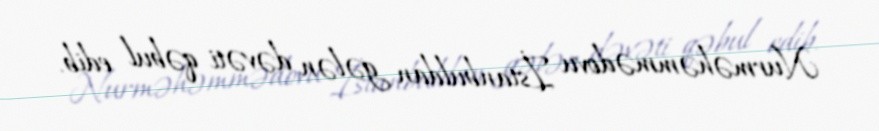
Nurməhəmmədovu İstanbuldan gələn dəvəti qəbul edib.